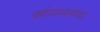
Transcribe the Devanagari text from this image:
वर्णव्यवस्थेच्या